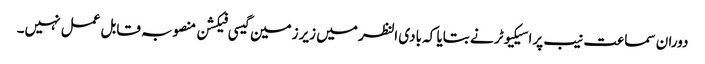
دوران سماعت نیب پراسیکیوٹر نے بتایا کہ بادی النظر میں زیرزمین گیسی فیکشن منصوبہ قابل عمل نہیں۔